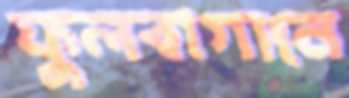
ফুলবাগানে